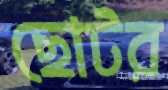
ছোটর